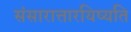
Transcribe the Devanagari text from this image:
संसारात्तारयिष्यति